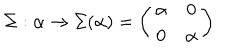
\Sigma : \alpha \rightarrow \Sigma ( \alpha ) = \left( \begin{array} { c c } { { \alpha } } & { { 0 } } \\ { { 0 } } & { { \alpha } } \\ \end{array} \right)